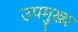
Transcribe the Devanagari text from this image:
उपमुख्य